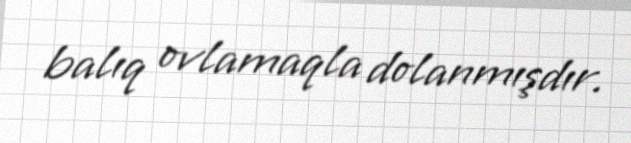
balıq ovlamaqla dolanmışdır.